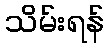
သိမ်းရန်